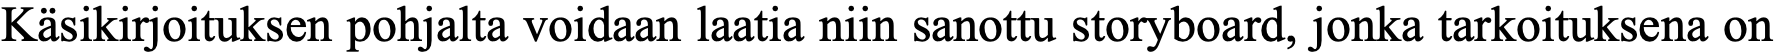
Käsikirjoituksen pohjalta voidaan laatia niin sanottu storyboard, jonka tarkoituksena on